Annual report of the Punjab Veterinary College and of the Civil Veterinary Department, Punjab - 1909-1919
Year: 1909
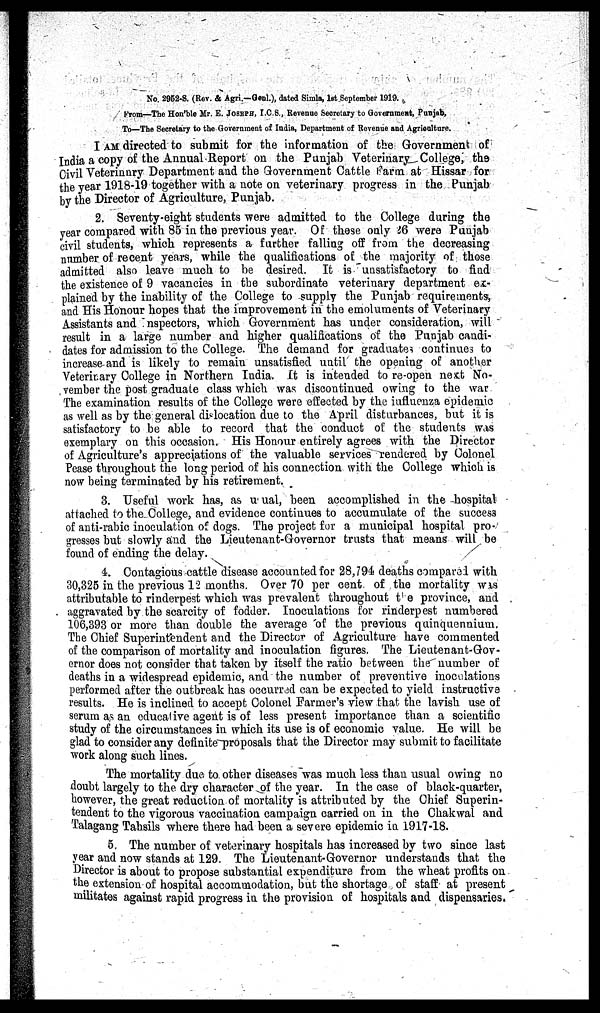
No. 2952-S. (Rev. & Agri.—Genl.), dated Simla, 1st September 1919.
From—The Hon'ble Mr. E. JOSEPH, I.C.S., Revenue Secretary to Government, Punjab,
To—The Secretary to the Government of India, Department of Revenue and Agriculture.
I AM directed to submit for the information of the Government of
India a copy of the Annual Report on the Punjab Veterinary College, the
Civil Veterinnry Department and the Government Cattle Farm at Hissar for
the year 1918-19 together with a note on veterinary progress in the Punjab
by the Director of Agriculture, Punjab.
2. Seventy-eight students were admitted to the College during the
year compared with 85 in the previous year. Of these only 26 were Punjab
civil students, which represents a further falling off from the decreasing
number of recent years, while the qualifications of the majority of those
admitted also leave much to be desired. It is unsatisfactory to find
the existence of 9 vacancies in the subordinate veterinary department ex-
plained by the inability of the College to supply the Punjab requirements,
and His Honour hopes that the improvement in the emoluments of Veterinary
Assistants and Inspectors, which Government has under consideration, will
result in a large number and higher qualifications of the Punjab candi-
dates for admission to the College. The demand for graduates continues to
increase and is likely to remain unsatisfied until the opening of another
Veterinary College in Northern India. It is intended to re-open next No-
vember the post graduate class which was discontinued owing to the war
The examination results of the College were effected by the iufluenza epidemic
as well as by the general dislocation due to the April disturbances, but it is
satisfactory to be able to record that the conduct of the students was
exemplary on this occasion. His Honour entirely agrees with the Director
of Agriculture's appreciations of the valuable services rendered by Colonel
Pease throughout the long period of his connection with the College which is
now being terminated by his retirement.
3. Useful work has, as usual, been accomplished in the hospital
attached to the College, and evidence continues to accumulate of the success
of anti-rabic inoculation of dogs. The project for a municipal hospital pro-
gresses but slowly and the Lieutenant-Governor trusts that means will be
found of ending the delay.
4. Contagious cattle disease accounted for 28,794 deaths compared with
30,325 in the previous 12 months. Over 70 per cent of the mortality was
attributable to rinderpest which was prevalent throughout the province, and
aggravated by the scarcity of fodder. Inoculations for rinderpest numbered
106,393 or more than double the average of the previous quinquennium.
The Chief Superintendent and the Director of Agriculture have commented
of the comparison of mortality and inoculation figures. The Lieutenant-Gov-
ernor does not consider that taken by itself the ratio between the number of
deaths in a widespread epidemic, and the number of preventive inoculations
performed after the outbreak has occurred can be expected to yield instructive
results. He is inclined to accept Colonel Farmer's view that the lavish use of
serum as an educative agent is of less present importance than a scientific
study of the circumstances in which its use is of economic value. He will be
glad to consider any definite proposals that the Director may submit to facilitate
work along such lines.
The mortality due to other diseases was much less than usual owing no
doubt largely to the dry character of the year. In the case of black-quarter,
however, the great reduction of mortality is attributed by the Chief Superin-
tendent to the vigorous vaccination campaign carried on in the Chakwal and
Talagang Tahsils where there had been a severe epidemic in 1917-18.
5. The number of veterinary hospitals has increased by two since last
year and now stands at 129. The Lieutenant-Governor understands that the
Director is about to propose substantial expenditure from the wheat profits on
the extension of hospital accommodation, but the shortage of staff at present
militates against rapid progress in the provision of hospitals and dispensaries.